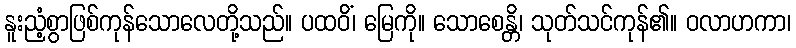
နူးညံ့စွာဖြစ်ကုန်သောလေတို့သည်။ ပထဝိံ၊ မြေကို။ သောစေန္တိ၊ သုတ်သင်ကုန်၏။ ဝလာဟကာ၊